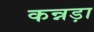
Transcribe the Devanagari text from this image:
कन्नड़ा